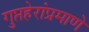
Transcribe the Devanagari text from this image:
गुप्तहेरांप्रमाणे